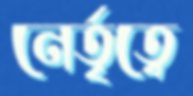
নের্তৃত্বে